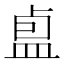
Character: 𪾏